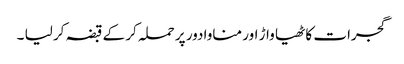
گجرات کاٹھیا واڑ اور مناوادور پر حملہ کر کے قبضہ کر لیا ۔